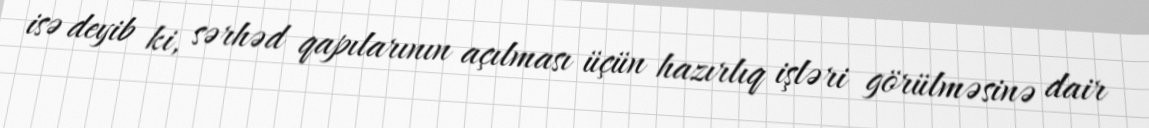
isə deyib ki, sərhəd qapılarının açılması üçün hazırlıq işləri görülməsinə dair